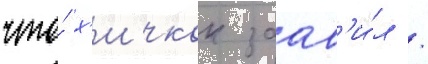
что́ х'ичкок заав'и́л /